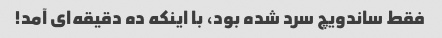
فقط ساندویچ سرد شده بود، با اینکه ده دقیقه‌ای آمد!